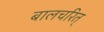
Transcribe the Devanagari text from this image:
बालचरित्